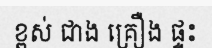
ខ្ពស់ ជាង គ្រឿង ផ្ទះ